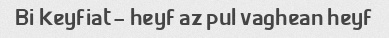
Bi keyfiat- heyf az pul vaghean heyf